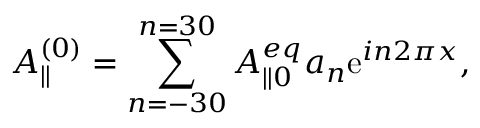
A _ { \parallel } ^ { ( 0 ) } = \sum _ { n = - 3 0 } ^ { n = 3 0 } A _ { \parallel 0 } ^ { e q } a _ { n } \mathrm { e } ^ { i n 2 \pi x } , \qquad